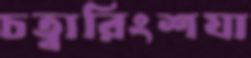
চত্বারিংশযা